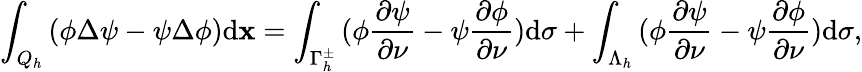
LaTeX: \int_{{Q_{h}}}{(\phi\Delta\psi-\psi}\Delta\phi)\mathrm{d}\mathbf x=\int_{\Gamma_{h}^{\pm}}{(\phi{\frac{\partial\psi}{\partial\nu}}}-\psi{\frac{\partial\phi}{\partial\nu}})\mathrm{d}\sigma+\int_{\Lambda_{h}}{(\phi{\frac{\partial\psi}{\partial\nu}}}-\psi{\frac{\partial\phi}{\partial\nu}})\mathrm{d}\sigma,